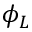
\phi _ { L }